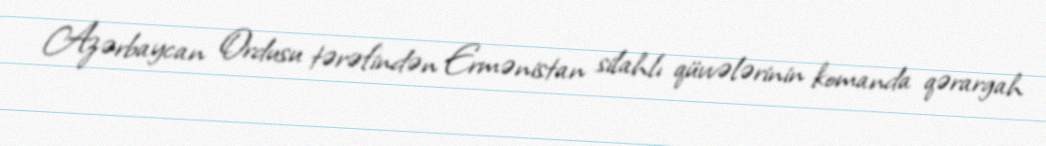
Azərbaycan Ordusu tərəfindən Ermənistan silahlı qüvvələrinin komanda qərargah